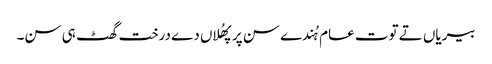
بیریاں تے توت عام ہُندے سن پر پھُلاں دے درخت گھٹ ہی سن۔